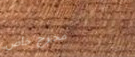
مخرج خاص